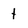
Character: t